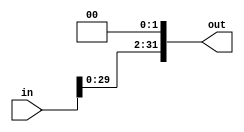
`timescale 1ns / 1ps
module shiftLeft2(in, out);
	input [31:0] in;
	output [31:0] out;
	assign out= in << 2;
endmodule